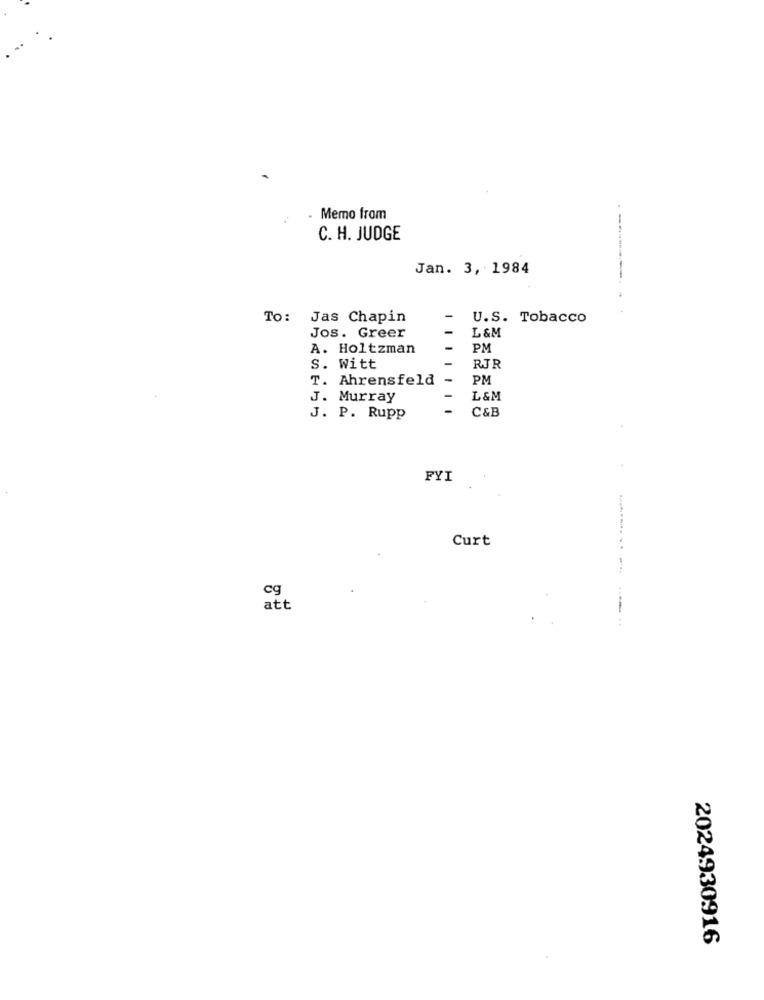
Memo from
C. H. JUDGE
Jan. 3, 1984
To:
Jas Chapin
-
U.S. Tobacco
-
L &M
Jos. Greer
A. Holtzman
-
PM
S. Witt
-
RJR
T. Ahrensfeld
PM
J. Murray
L &M
C&B
J. P. Rupp
FYI
Curt
....-
cg
att
2024930916